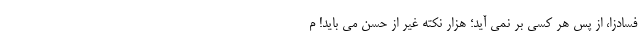
فسادزا، از پس هر کسی بر نمی آید؛ هزار نکته غیر از حُسن می باید! م